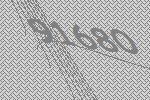
91680